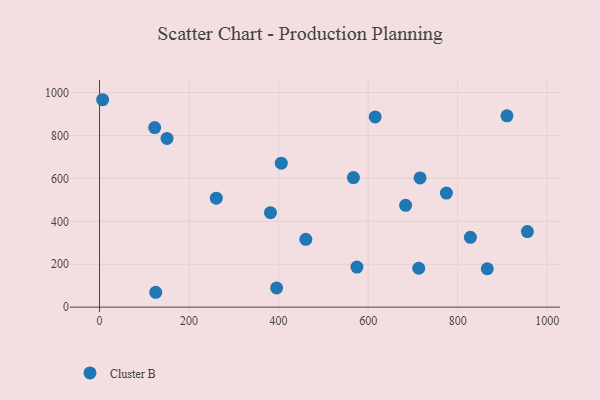
{"axis": {"x": "Investment", "y": "Demand"}, "legend": ["Cluster B"], "data": [{"x": "381.8", "y": 440.1, "type": "Cluster B"}, {"x": "150.7", "y": 786.4, "type": "Cluster B"}, {"x": "460.8", "y": 315.9, "type": "Cluster B"}, {"x": "406.0", "y": 670.9, "type": "Cluster B"}, {"x": "260.8", "y": 508.0, "type": "Cluster B"}, {"x": "575.0", "y": 186.6, "type": "Cluster B"}, {"x": "910.1", "y": 891.6, "type": "Cluster B"}, {"x": "125.5", "y": 69.3, "type": "Cluster B"}, {"x": "123.2", "y": 837.2, "type": "Cluster B"}, {"x": "716.0", "y": 602.5, "type": "Cluster B"}, {"x": "395.5", "y": 89.5, "type": "Cluster B"}, {"x": "713.0", "y": 181.4, "type": "Cluster B"}, {"x": "955.7", "y": 352.1, "type": "Cluster B"}, {"x": "6.9", "y": 966.8, "type": "Cluster B"}, {"x": "567.1", "y": 604.0, "type": "Cluster B"}, {"x": "774.8", "y": 531.5, "type": "Cluster B"}, {"x": "828.4", "y": 325.5, "type": "Cluster B"}, {"x": "615.7", "y": 886.4, "type": "Cluster B"}, {"x": "683.7", "y": 474.7, "type": "Cluster B"}, {"x": "866.1", "y": 179.0, "type": "Cluster B"}]}